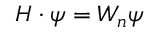
\boldsymbol { H } \cdot \psi = W _ { n } \psi